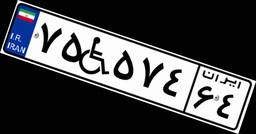
۷۵W۵۷۴۶۴